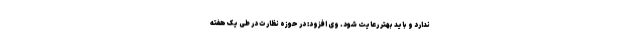
ندارد و باید بهتر رعایت شود. وی افزود: در حوزه نظارت در طی یک هفته